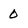
Character: 0